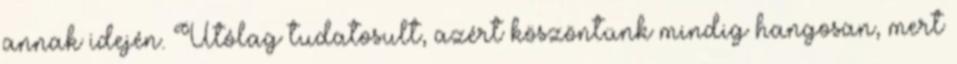
annak idején. Utólag tudatosult, azért köszöntünk mindig hangosan, mert